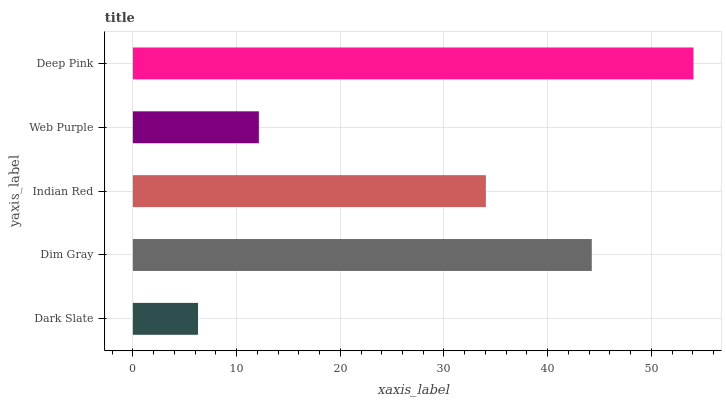
| yaxis_label | bars |
 | --- | --- |
 | Dark Slate | 6.28 |
 | Dim Gray | 44.3 |
 | Indian Red | 34 |
 | Web Purple | 12.1 |
 | Deep Pink | 54.1 |